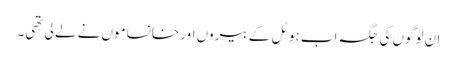
ان لوگوں کی جگہ اب ہوٹل کے بیروں اور خانساموں نے لے لی تھی۔